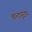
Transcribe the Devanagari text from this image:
कन्दपुराण